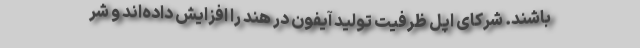
باشند. شرکای اپل ظرفیت تولید آیفون در هند را افزایش داده‌اند و شر